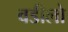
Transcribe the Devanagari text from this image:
वडीलो